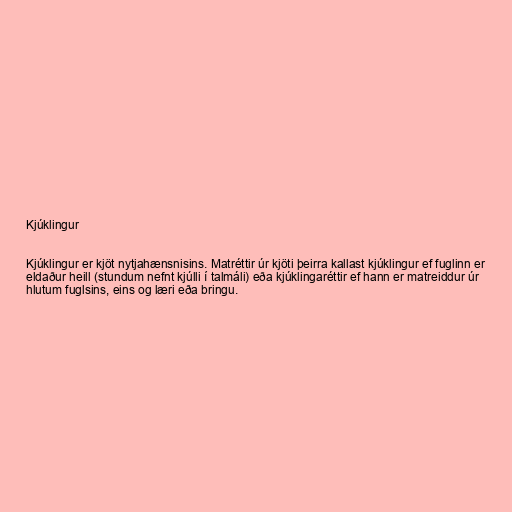
Kjúklingur

Kjúklingur er kjöt nytjahænsnisins. Matréttir úr kjöti þeirra kallast kjúklingur ef fuglinn er
eldaður heill (stundum nefnt kjúlli í talmáli) eða kjúklingaréttir ef hann er matreiddur úr
hlutum fuglsins, eins og læri eða bringu.